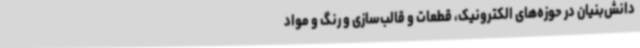
دانش‌بنیان در حوزه‌های الکترونیک، قطعات و قالب‌سازی و رنگ و مواد